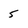
Character: 5